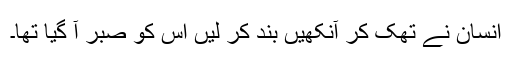
انسان نے تھک کر آنکھیں بند کر لیں اس کو صبر آ گیا تھا۔